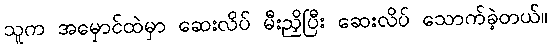
သူက အမှောင်ထဲမှာ ဆေးလိပ် မီးညှိပြီး ဆေးလိပ် သောက်ခဲ့တယ်။